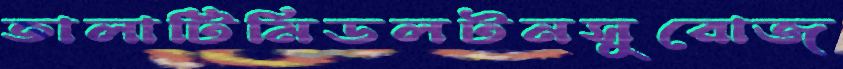
তালাটিমিডলটনসুরোজ